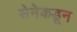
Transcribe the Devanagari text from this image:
सेनेकडून